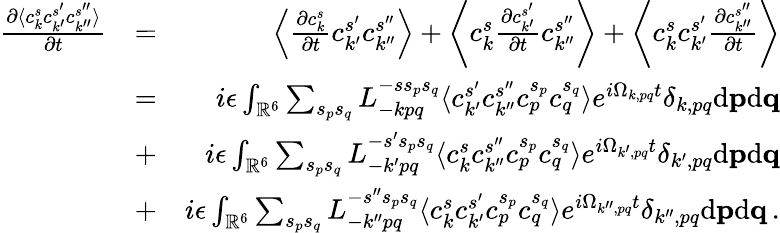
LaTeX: \begin{array}{rlr}{\frac{\partial\langle c_{k}^{s}c_{k^{\prime}}^{s^{\prime}}c_{k^{\prime\prime}}^{s^{\prime\prime}}\rangle}{\partial t}}&{=}&{\left\langle\frac{\partial c_{k}^{s}}{\partial t}c_{k^{\prime}}^{s^{\prime}}c_{k^{\prime\prime}}^{s^{\prime\prime}}\right\rangle+\left\langle c_{k}^{s}\frac{\partial c_{k^{\prime}}^{s^{\prime}}}{\partial t}c_{k^{\prime\prime}}^{s^{\prime\prime}}\right\rangle+\left\langle c_{k}^{s}c_{k^{\prime}}^{s^{\prime}}\frac{\partial c_{k^{\prime\prime}}^{s^{\prime\prime}}}{\partial t}\right\rangle}\\ &{=}&{i\epsilon\int_{{\mathbb{R}}^{6}}\sum_{s_{p}s_{q}}L_{-kpq}^{-ss_{p}s_{q}}\langle c_{k^{\prime}}^{s^{\prime}}c_{k^{\prime\prime}}^{s^{\prime\prime}}c_{p}^{s_{p}}c_{q}^{s_{q}}\rangle e^{i\Omega_{k,pq}t}\delta_{k,pq}\mathrm{d}{\mathbf p}\mathrm{d}{\mathbf q}}\\ &{+}&{i\epsilon\int_{{\mathbb{R}}^{6}}\sum_{s_{p}s_{q}}L_{-k^{\prime}pq}^{-s^{\prime}s_{p}s_{q}}\langle c_{k}^{s}c_{k^{\prime\prime}}^{s^{\prime\prime}}c_{p}^{s_{p}}c_{q}^{s_{q}}\rangle e^{i\Omega_{k^{\prime},pq}t}\delta_{k^{\prime},pq}\mathrm{d}{\mathbf p}\mathrm{d}{\mathbf q}}\\ &{+}&{i\epsilon\int_{{\mathbb{R}}^{6}}\sum_{s_{p}s_{q}}L_{-k^{\prime\prime}pq}^{-s^{\prime\prime}s_{p}s_{q}}\langle c_{k}^{s}c_{k^{\prime}}^{s^{\prime}}c_{p}^{s_{p}}c_{q}^{s_{q}}\rangle e^{i\Omega_{k^{\prime\prime},pq}t}\delta_{k^{\prime\prime},pq}\mathrm{d}{\mathbf p}\mathrm{d}{\mathbf q}\, .}\end{array}